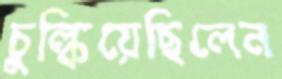
চুল্‌কিয়েছিলেন